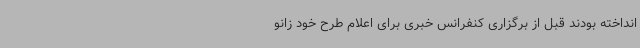
انداخته بودند قبل از برگزاری کنفرانس خبری برای اعلام طرح خود زانو